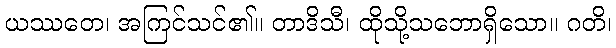
ယဿတေ၊ အကြင်သင်၏။ တာဒိသီ၊ ထိုသို့သဘောရှိသော။ ဂတိ၊